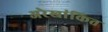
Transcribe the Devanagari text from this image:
अरेखांकित